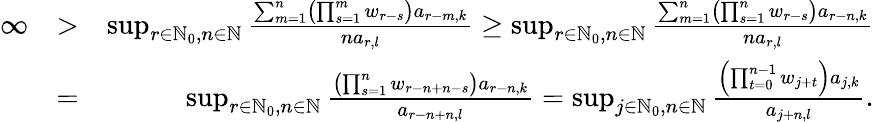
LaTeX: \begin{array}{rlr}{\infty}&{>}&{\operatorname*{sup}_{r\in\mathbb{N}_{0},n\in\mathbb{N}}\frac{\sum_{m=1}^{n}\left(\prod_{s=1}^{m}w_{r-s}\right)a_{r-m,k}}{na_{r,l}}\geq\operatorname*{sup}_{r\in\mathbb{N}_{0},n\in\mathbb{N}}\frac{\sum_{m=1}^{n}\left(\prod_{s=1}^{n}w_{r-s}\right)a_{r-n,k}}{na_{r,l}}}\\ &{=}&{\operatorname*{sup}_{r\in\mathbb{N}_{0},n\in\mathbb{N}}\frac{\left(\prod_{s=1}^{n}w_{r-n+n-s}\right)a_{r-n,k}}{a_{r-n+n,l}}=\operatorname*{sup}_{j\in\mathbb{N}_{0},n\in\mathbb{N}}\frac{\left(\prod_{t=0}^{n-1}w_{j+t}\right)a_{j,k}}{a_{j+n,l}}.}\end{array}